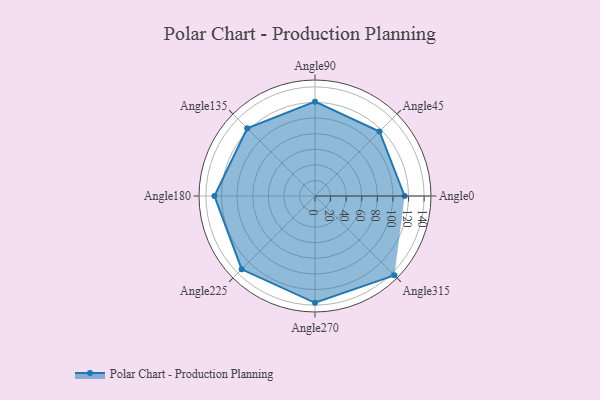
{"axis": {"x": "Angle", "y": "Radius"}, "legend": [""], "data": [{"x": "Angle0", "y": 115.0, "type": ""}, {"x": "Angle45", "y": 117.0, "type": ""}, {"x": "Angle90", "y": 121.0, "type": ""}, {"x": "Angle135", "y": 123.0, "type": ""}, {"x": "Angle180", "y": 129.0, "type": ""}, {"x": "Angle225", "y": 133.0, "type": ""}, {"x": "Angle270", "y": 137.0, "type": ""}, {"x": "Angle315", "y": 144.0, "type": ""}]}